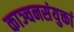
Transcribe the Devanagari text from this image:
काञ्चनसंयुक्तां